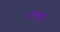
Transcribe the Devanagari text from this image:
ल्गा